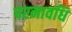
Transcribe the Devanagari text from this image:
परमावधि